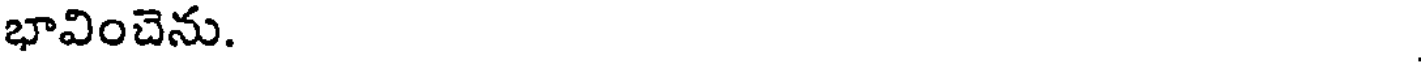
భావించెను.